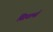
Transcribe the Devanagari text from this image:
सियर्ल्स